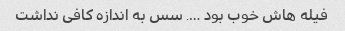
فیله هاش خوب بود …. سس به اندازه کافی نداشت